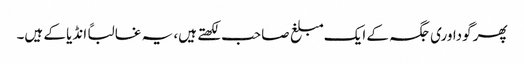
پھر گوداوری جگہ کے ایک مبلغ صاحب لکھتے ہیں، یہ غالباً انڈیا کے ہیں۔